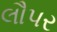
લૌપર